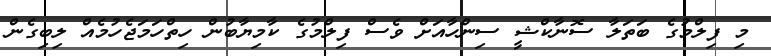
މި ފިލްމުގެ ބަތަލާ ސޮނާކްޝީ ސިންހާއަށް ވެސް ފިލްމުގެ ކާމިޔާބުން ހިތްހަމަޖެހުމެއް ލިބިގެން